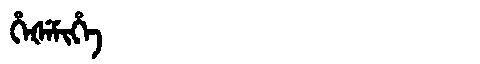
Manchu: ᡥᡝᡧᡝᠮᡳᡥᡝ
Romanization: HEŠEMIHE